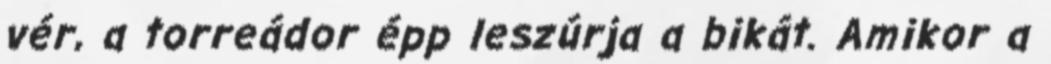
vér, a torreádor épp leszúrja a bikát. Amikor a